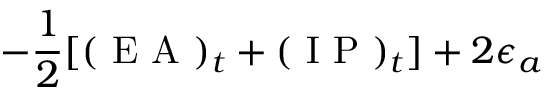
- \frac { 1 } { 2 } [ ( \mathrm { ~ E ~ A ~ } ) _ { t } + ( \mathrm { ~ I ~ P ~ } ) _ { t } ] + 2 \epsilon _ { a }